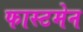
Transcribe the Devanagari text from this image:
फास्टमेन